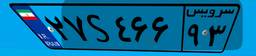
۹۲S۳۴۸۴۶